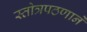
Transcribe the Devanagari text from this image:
स्तोत्रपठणाने